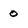
Character: 0